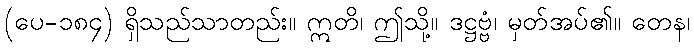
(ပေ-၁၈၄) ရှိသည်သာတည်း။ ဣတိ၊ ဤသို့။ ဒဋ္ဌဗ္ဗံ၊ မှတ်အပ်၏။ တေန၊